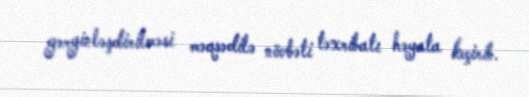
gərginləşdirilməsi məqsədilə növbəti təxribatı həyata keçirib.